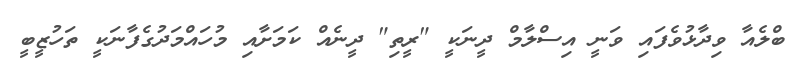
ބްލެއާ ވިދާޅުވެފައި ވަނީ އިސްލާމް ދީނަކީ "ރީތި" ދީނެއް ކަމަށާއި މުހައްމަދުގެފާނަކީ ތަހުޒީބީ